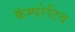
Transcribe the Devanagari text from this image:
कॅम्परेटिव